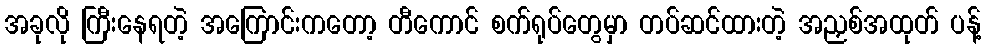
အခုလို ကြီးနေရတဲ့ အကြောင်းကတော့ တီကောင် စက်ရုပ်တွေမှာ တပ်ဆင်ထားတဲ့ အညှစ်အထုတ် ပန့်